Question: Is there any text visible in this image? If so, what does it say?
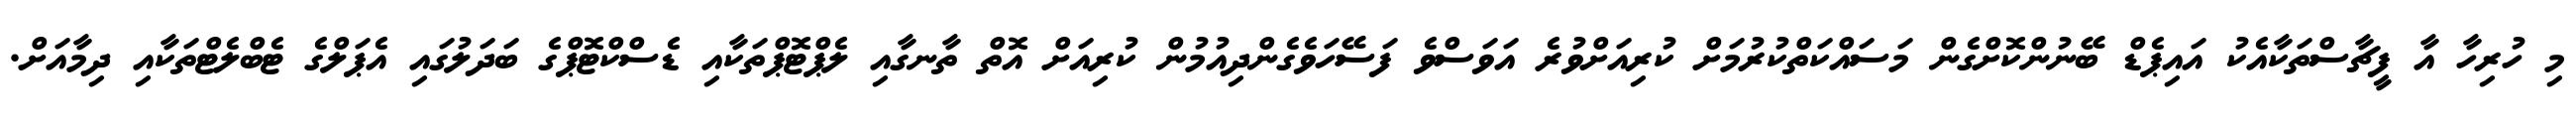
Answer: މި ހުރިހާ އާ ފީޗާސްތަކާއެކު އައިޕެޑް ބޭނުންކޮށްގެން މަސައްކަތްކުރުމަށް ކުރިއަށްވުރެ އަވަސްވެ ފަސޭހަވެގެންދިއުމުން ކުރިއަށް އޮތް ތާނގާއި ލެޕްޓޮޕްތަކާއި ޑެސްކްޓޮޕްގެ ބަދަލުގައި އެޕަލްގެ ޓެބްލެޓްތަކާއި ދިމާއަށް.